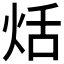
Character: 𤈏